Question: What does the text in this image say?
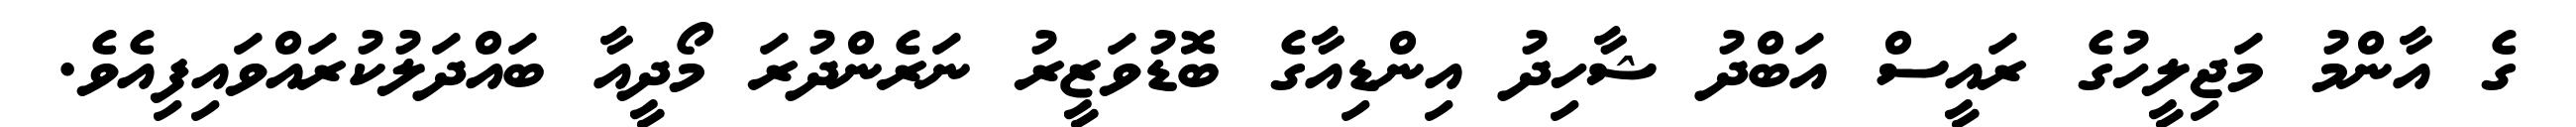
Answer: ގެ އާންމު މަޖިލީހުގެ ރައީސް އަބްދު ޝާހިދު އިންޑިއާގެ ބޮޑުވަޒީރު ނަރެންދުރަ މޯދީއާ ބައްދަލުކުރައްވައިފިއެވެ.